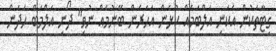
ގިޓާތަކުން އެކަނި އަލްބަމެއް ކުޅެން އަހަރެން ބޭނުމެއް ނުވި" ދޯނި އަލްމަބް ހަދަން